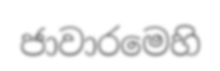
ජාවාරමෙහි